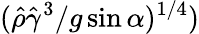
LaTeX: (\hat{\rho}\hat{\gamma}^{3}/g\sin\alpha)^{1/4})